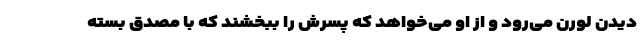
دیدن لورن می‌رود و از او می‌خواهد که پسرش را ببخشند که با مصدق بسته